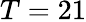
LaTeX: T=21